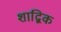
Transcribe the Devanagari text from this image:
शाद्बिक